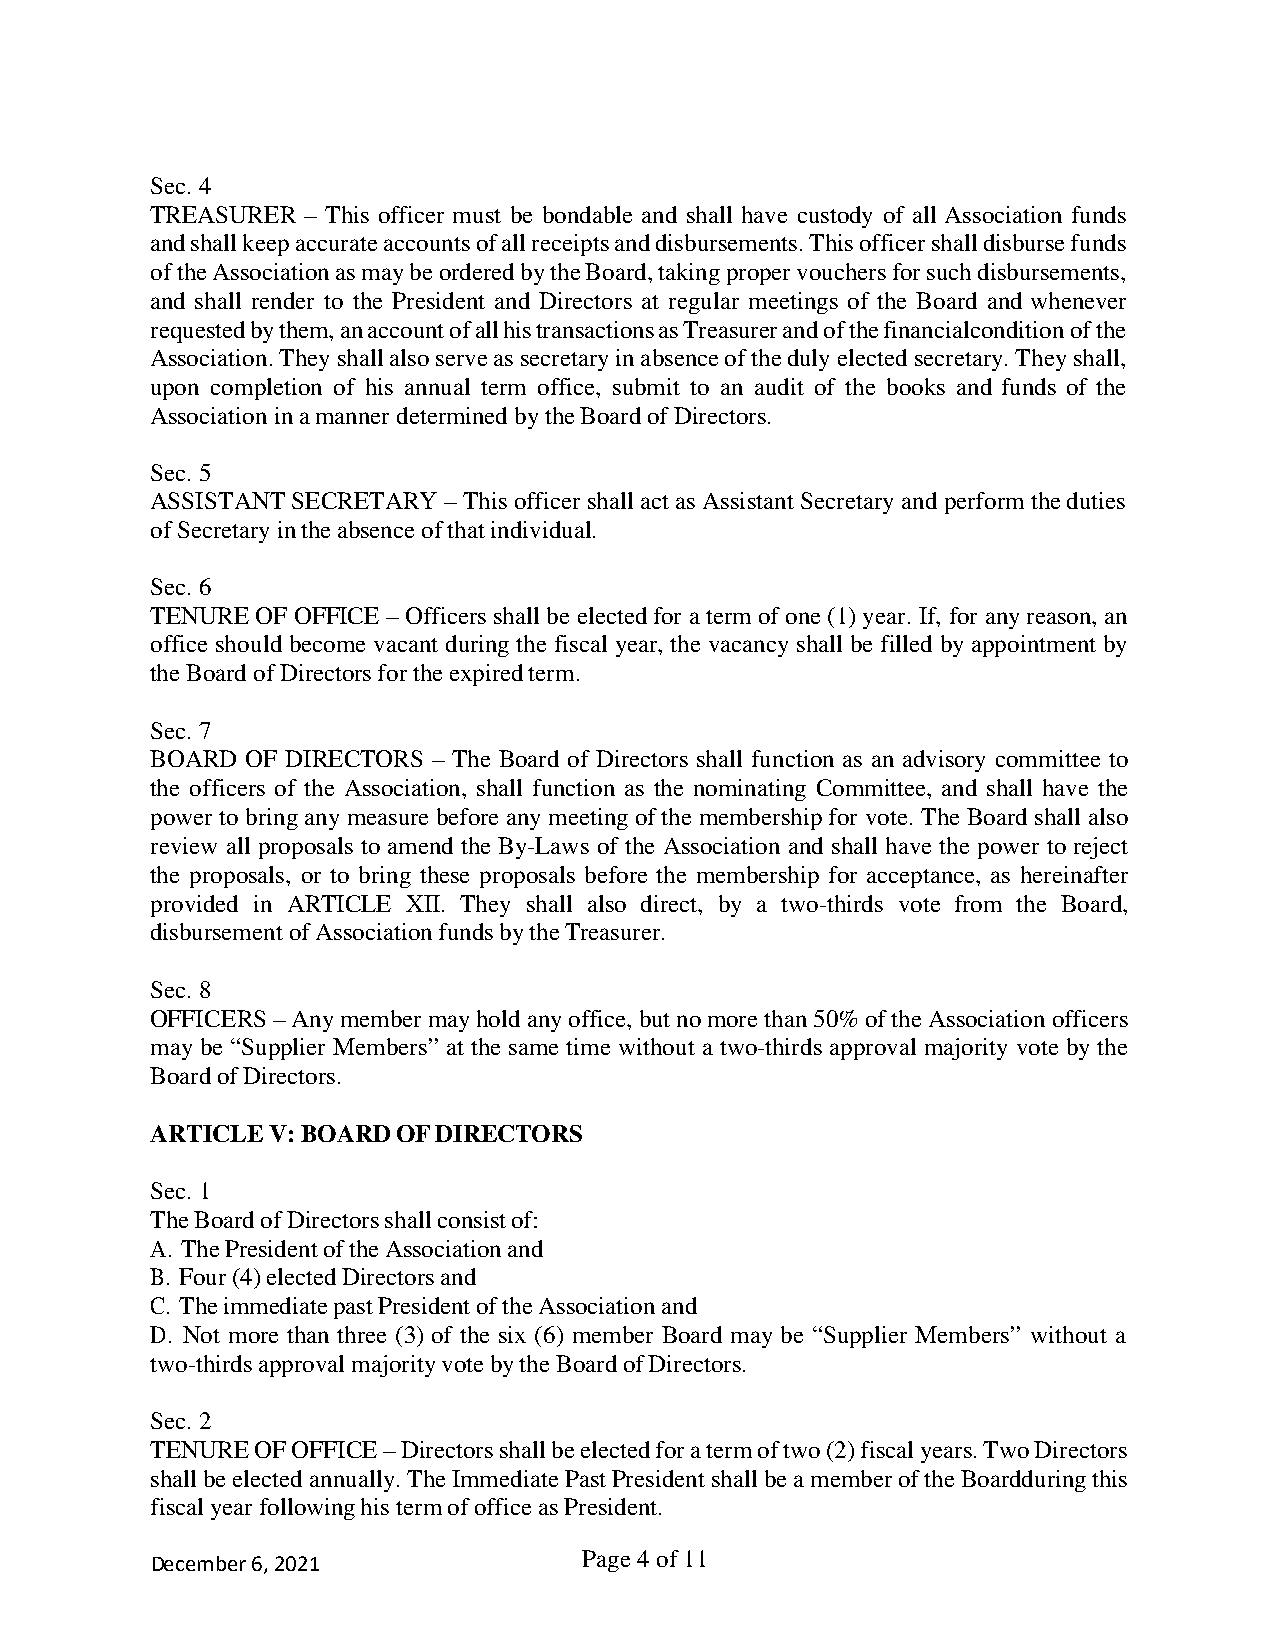
Sec. 4
 TREASURER – This officer must be bondable and shall have custody of all Association funds
 and shall keep accurate accounts of all receipts and disbursements. This officer shall disburse funds
 of the Association as may be ordered by the Board, taking proper vouchers for such disbursements,
 and shall render to the President and Directors at regular meetings of the Board and whenever
 requested by them, an account of all his transactions as Treasurer and of the financial condition of the
 Association. They shall also serve as secretary in absence of the duly elected secretary. They shall,
 upon completion of his annual term office, submit to an audit of the books and funds of the
 Association in a manner determined by the Board of Directors.
 Sec. 5
 ASSISTANT SECRETARY – This officer shall act as Assistant Secretary and perform the duties
 of Secretary in the absence of that individual.
 Sec. 6
 TENURE OF OFFICE – Officers shall be elected for a term of one (1) year. If, for any reason, an
 office should become vacant during the fiscal year, the vacancy shall be filled by appointment by
 the Board of Directors for the expired term.
 Sec. 7
 BOARD OF DIRECTORS – The Board of Directors shall function as an advisory committee to
 the officers of the Association, shall function as the nominating Committee, and shall have the
 power to bring any measure before any meeting of the membership for vote. The Board shall also
 review all proposals to amend the By-Laws of the Association and shall have the power to reject
 the proposals, or to bring these proposals before the membership for acceptance, as hereinafter
 provided in ARTICLE XII. They shall also direct, by a two-thirds vote from the Board,
 disbursement of Association funds by the Treasurer.
 Sec. 8
 OFFICERS – Any member may hold any office, but no more than 50% of the Association officers
 may be “Supplier Members” at the same time without a two-thirds approval majority vote by the
 Board of Directors.
 ARTICLE V: BOARD OF DIRECTORS
 Sec. 1
 The Board of Directors shall consist of:
 A. The President of the Association and
 B. Four (4) elected Directors and
 C. The immediate past President of the Association and
 D. Not more than three (3) of the six (6) member Board may be “Supplier Members” without a
 two-thirds approval majority vote by the Board of Directors.
 Sec. 2
 TENURE OF OFFICE – Directors shall be elected for a term of two (2) fiscal years. Two Directors
 shall be elected annually. The Immediate Past President shall be a member of the Board during this
 fiscal year following his term of office as President.
 December 6, 2021             Page 4 of 11